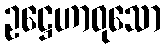
ဥဋ္ဌေဟာဝုသော